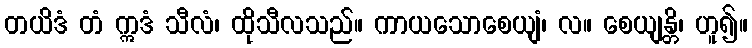
တယိဒံ တံ ဣဒံ သီလံ၊ ထိုသီလသည်။ ကာယသောစေယျံ၊ လ။ စေယျန္တိ၊ ဟူ၍။